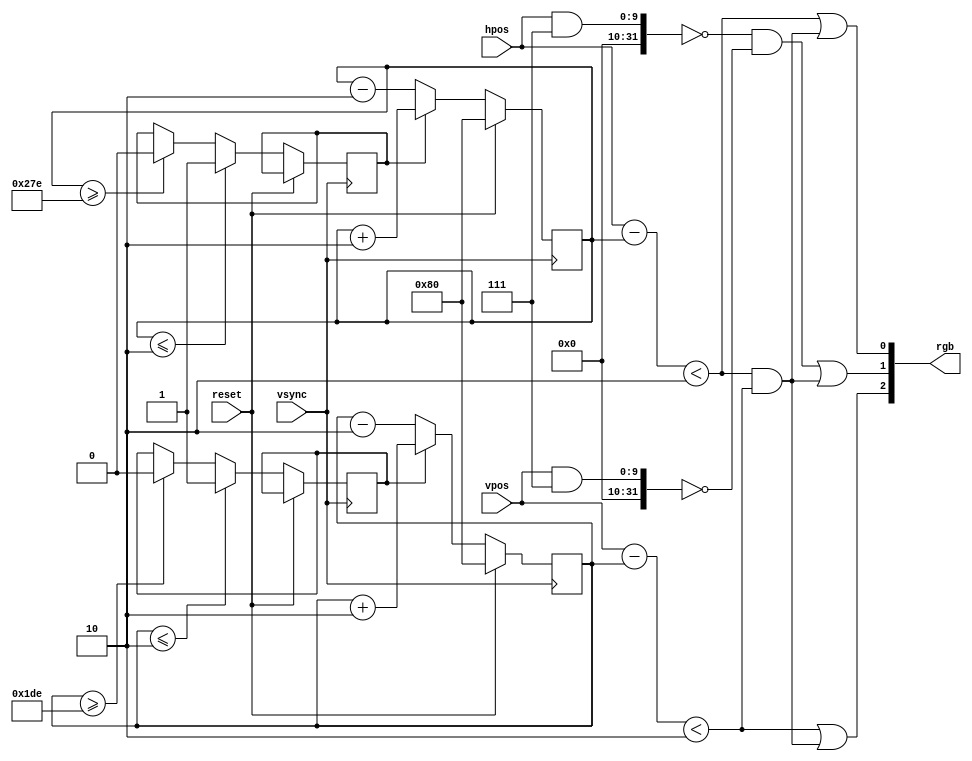

`ifndef VGA640x480_RGB_GENERATOR
`define VGA640x480_RGB_GENERATOR

//----------------------------------------------------------------------
// Video RGB signals generator for display at 640x480 @60Hz
//----------------------------------------------------------------------

module vga640x480_rgb_gen(
    // inputs
    vsync,         // vertical sync pulse
    reset,         // reset
    hpos,          // horizonal position
    vpos,          // vertical position
    // outputs
    rgb            // rgb color to display
  );

  input vsync;
  input reset;
  input [9:0] hpos;
  input [9:0] vpos;
  output [2:0] rgb;

  parameter [9:0] INITIAL_X = 128;  // ball initial X position
  parameter [9:0] INITIAL_Y = 128;  // ball initial Y position
  parameter [9:0] BALL_SIZE = 2;    // ball size (in pixels)

  reg [9:0] x_pos = INITIAL_X; // ball current X position
  reg [9:0] y_pos = INITIAL_Y;  // ball current Y position

  reg [9:0] x_move = 2;    // X velocity
  reg [9:0] y_move = 2;    // Y velocity

  reg x_direction = 1'b1;  
  reg y_direction = 1'b1;

  //-------------------------------------
  // ball movement logic
  //-------------------------------------

  // update horizontal timer
  always @(posedge vsync)
  begin
    if (reset) begin
      // reset ball position to center
      x_pos <= INITIAL_X;
      y_pos <= INITIAL_Y;
    end else begin
      // add "X" velocity vector to ball position
      if (x_direction)
        x_pos <= x_pos + x_move;
      else
        x_pos <= x_pos - x_move;
      // add "Y" velocity vector to ball position
      if (y_direction)
        y_pos <= y_pos + y_move;
      else
        y_pos <= y_pos - y_move;
      //---------------------
      // bounce
      //---------------------
      // "X" bounce
      if (x_pos >= (640 - BALL_SIZE))
        x_direction <= 1'b0;
      if (x_pos <= BALL_SIZE)
        x_direction <= 1'b1;
      // "Y" bounce
      if (y_pos >= (480 - BALL_SIZE))
        y_direction <= 1'b0;
      if (y_pos <= BALL_SIZE)
        y_direction <= 1'b1;
    end
  end

  //-------------------------------------
  // ball display logic
  //-------------------------------------
  
  // offset of ball position from video beam
  wire [9:0] x_diff = hpos - x_pos;
  wire [9:0] y_diff = vpos - y_pos;

  // ball graphics output
  wire x_gfx = x_diff < BALL_SIZE;
  wire y_gfx = y_diff < BALL_SIZE;
  wire ball = x_gfx && y_gfx;

  // combine signals to RGB output
  wire grid_gfx = (((hpos&7)==0) && ((vpos&7)==0));
  wire r = (x_gfx | ball);
  wire g = (grid_gfx | ball);
  wire b = (y_gfx | ball);
  assign rgb = {b,g,r};

endmodule

`endif